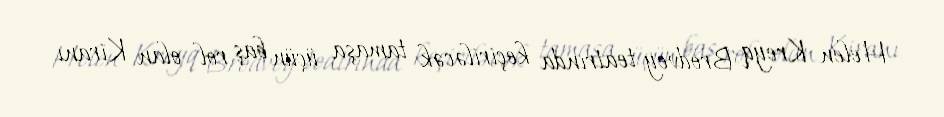
Helen Kreyq Brodvey teatrında keçiriləcək tamaşa üçün baş rol olan Kiranı